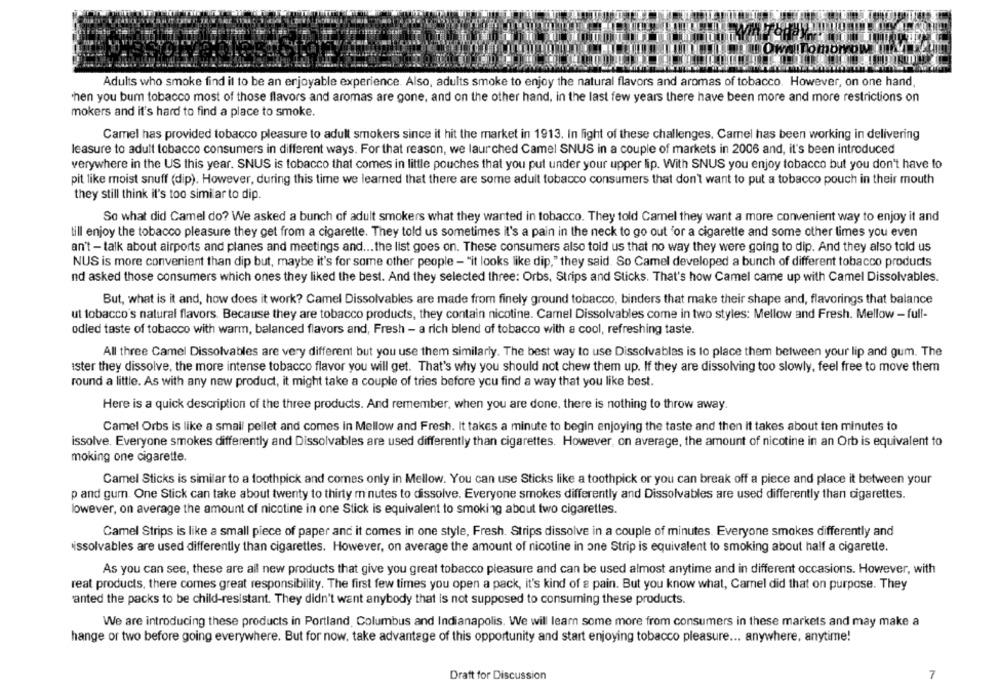
Tomorrow
Adults who smoke find it to be an enjoyable experience. Also, adults smoke to enjoy the natural flavors and aromas of tobacco. However, on one hand
Then you bum tobacco most of those flavors and aromas are gone, and on the other hand, in the last few years there have been more and more restrictions on
mokers and it's hard to find a place to smoke.
Camel has provided tobacco pleasure to adult smokers since it hit the market in 1913. In light of these challenges. Camel has been working in delivering
leasure to adult tobacco consumers in different ways. For that reason, we laurched Camel SNUS in a couple of markets in 2006 and, it's been introduced
verywhere in the US this year. SNUS is tobacco that comes in little pouches that you put under your upper lip. With SNUS you enjoy tobacco but you don't have to
pit like moist snuff (dip). However, during this time we learned that there are some adult tobacco consumers that don't want to put a tobacco pouch in their mouth
they still think it's too similar to dip.
So what did Camel do? We asked a bunch of adult smokers what they wanted in tobacco. They told Camel they want a more convenient way to enjoy it and
till enjoy the tobacco pleasure they get from a cigarette. They told us sometimes it's a pain in the neck to go out 'or a cigarette and some other times you even
an't - talk about airports and planes and meetings and ... the list goes on. These consumers also told us that no way they were going to dip. And they also told us
NUS is more convenient than dip but, maybe it's for some other people - "it looks like dip," they said. So Camel developed a bunch of different tobacco products
nd asked those consumers which ones they liked the best. And they selected three: Orbs, Strips and Sticks. That's how Camel came up with Camel Dissolvables.
But, what is it and, how does it work? Camel Dissolvables are made from finely ground tobacco, binders that make their shape and, flavorings that balance
ut tobacco's natural flavors. Because they are tobacco products, they contain nicotine. Camel Dissolvables come in two styles: Mellow and Fresh. Mellow -full-
odled taste of tobacco with warm, balanced flavors and, Fresh - a rich blend of tobacco with a cool, refreshing taste.
All three Camel Dissolvables are very different but you use them similarly. The best way to use Dissolvables is lo place them between your lip and gum. The
ister they dissolve, the more intense tobacco flavor you will get. That's why you should not chew them up. If they are dissolving too slowly, feel free to move them
round a little. As with any new product, it might take a couple of tries before you find a way that you like best.
Here is a quick description of the three products. And remember, when you are done, there is nothing to throw away.
Camel Orbs is like a small pellet and comes in Mellow and Fresh. It takes a minute to begin enjoying the taste and then it takes about ten minutes to
issolve. Everyone smokes differently and Dissolvables are used differently than cigarettes. However, on average, the amount of nicotine in an Orb is equivalent to
moking one cigarette.
Camel Sticks is similar to a toothpick and comes only in Mellow. You can use Sticks like a toothpick or you can break off a piece and place it between your
p and gum. One Stick can take about twenty to thirty m'nutes to dissolve. Everyone smokes differently and Dissolvables are used differently than cigarettes.
lowever, on average the amount of nicotine in one Stick is equivalent to smoking about two cigarettes.
Camel Strips is like a small piece of paper and it comes in one style, Fresh. Strips dissolve in a couple of minutes. Everyone smokes differently and
issolvables are used differently than cigarettes. However, on average the amount of nicotine in one Strip is equivalent to smoking about half a cigarette.
As you can see, these are all new products that give you great tobacco pleasure and can be used almost anytime and in different occasions. However, with
reat products, there comes great responsibility. The first few times you open a pack, it's kind of a pain. But you know what, Camel did that on purpose. They
anted the packs to be child-resistant. They didn't want anybody that is not supposed to consuming these products.
We are introducing these products in Portland, Columbus and Indianapolis. We will learn some more from consumers in these markets and may make a
hange or two before going everywhere. But for now, take advantage of this opportunity and start enjoying tobacco pleasure ... anywhere, anytime!
Draft for Discussion
7